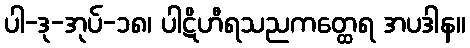
ပါ-ဒု-အုပ်-၁၈၊ ပါဋိဟီရသညကတ္ထေရ အပဒါန။